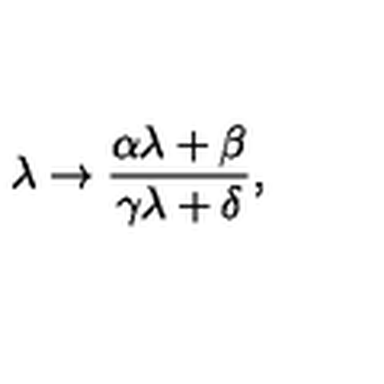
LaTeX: \lambda \to \frac { \alpha \lambda + \beta } { \gamma \lambda + \delta } ,